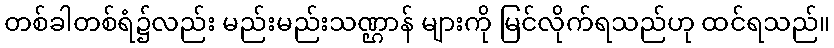
တစ်ခါတစ်ရံ၌လည်း မည်းမည်းသဏ္ဌာန် များကို မြင်လိုက်ရသည်ဟု ထင်ရသည်။